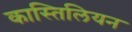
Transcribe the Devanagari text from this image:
कास्तिलियन